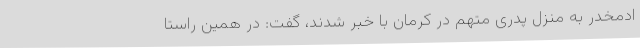
ادمخدر به منزل پدری متهم در کرمان با خبر شدند، گفت: در همین راستا